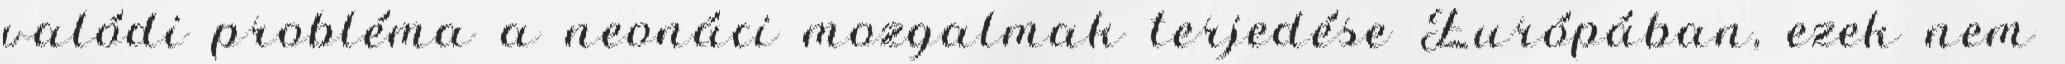
valódi probléma a neonáci mozgalmak terjedése Európában, ezek nem